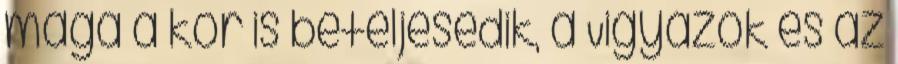
maga a kor is beteljesedik, a Vigyázók és az